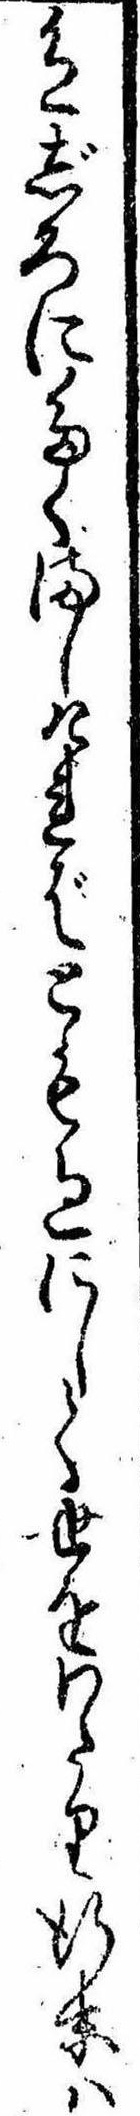
色じろにたくましければとも過にして世をわたり行末は